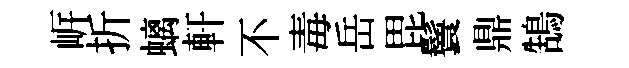
㟁折螭軒不毒岳毘鬟鼎鵠